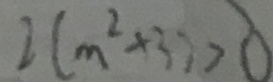
2 ( m ^ { 2 } + 3 ) > 0